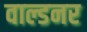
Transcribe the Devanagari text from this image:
वाल्डनर